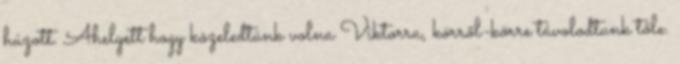
húzott. Ahelyett hogy közeledtünk volna Viktorra, körről-körre távolodtunk tőle.